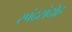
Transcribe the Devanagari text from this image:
स्पंदसंदोह